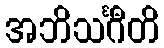
အဘိသင်္ဂီတိ